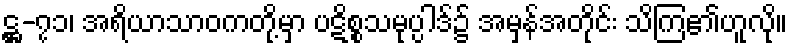
ဋ္ဌ-၇၁၊ အရိယာသာဝကတို့မှာ ပဋိစ္စသမုပ္ပါဒ်၌ အမှန်အတိုင်း သိကြ၏ဟူလို။